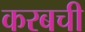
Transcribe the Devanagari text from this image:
करबची